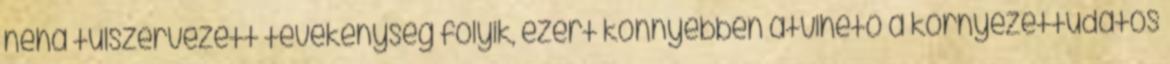
néha túlszervezett tevékenység folyik, ezért könnyebben átvihető a környezettudatos